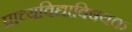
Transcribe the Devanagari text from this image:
प्राच्यविद्याविषयक